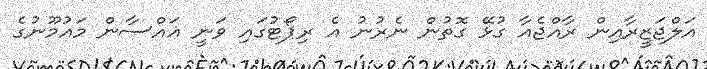
އަލްޖަޒީރާއިން ރާއްޖެއާ ގުޅޭ ގޮތުން ނެރުނު އެ ރިޕޯޓުގައި ވަނީ ޣައްސާން މައުމޫނުގެ